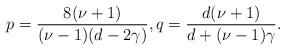
LaTeX: \begin{align*}p=\frac{8(\nu+1)}{(\nu-1)(d-2\gamma)}, q=\frac{d(\nu+1)}{d+(\nu-1)\gamma}. \end{align*}